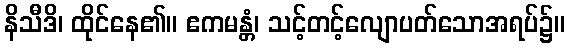
နိသီဒိ၊ ထိုင်နေ၏။ ဧကမန္တံ၊ သင့်တင့်လျောပတ်သောအရပ်၌။